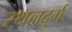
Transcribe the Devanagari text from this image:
स्थलदुर्ग